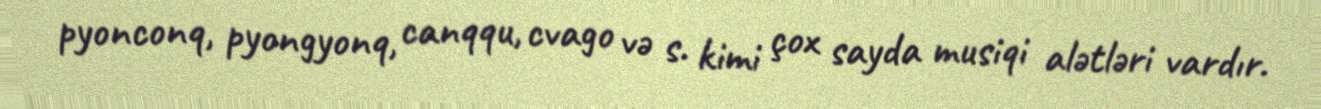
pyonconq, pyongyonq, canqqu, cvago və s. kimi çox sayda musiqi alətləri vardır.